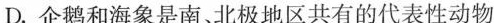
D. 企鹅和海象是南、北极地区共有的代表性动物